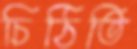
চিঠিতি